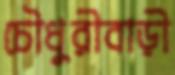
চৌধুরীবাড়ী